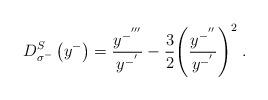
LaTeX: \begin{align*}D_{\sigma^-}^S\left(y^-\right)=\frac{y^{-^{'''}}}{y^{-^{'}}}-{3\over2}{\left(\frac{y^{-^{''}}}{y^{-^{'}}}\right)}^2\;.\end{align*}